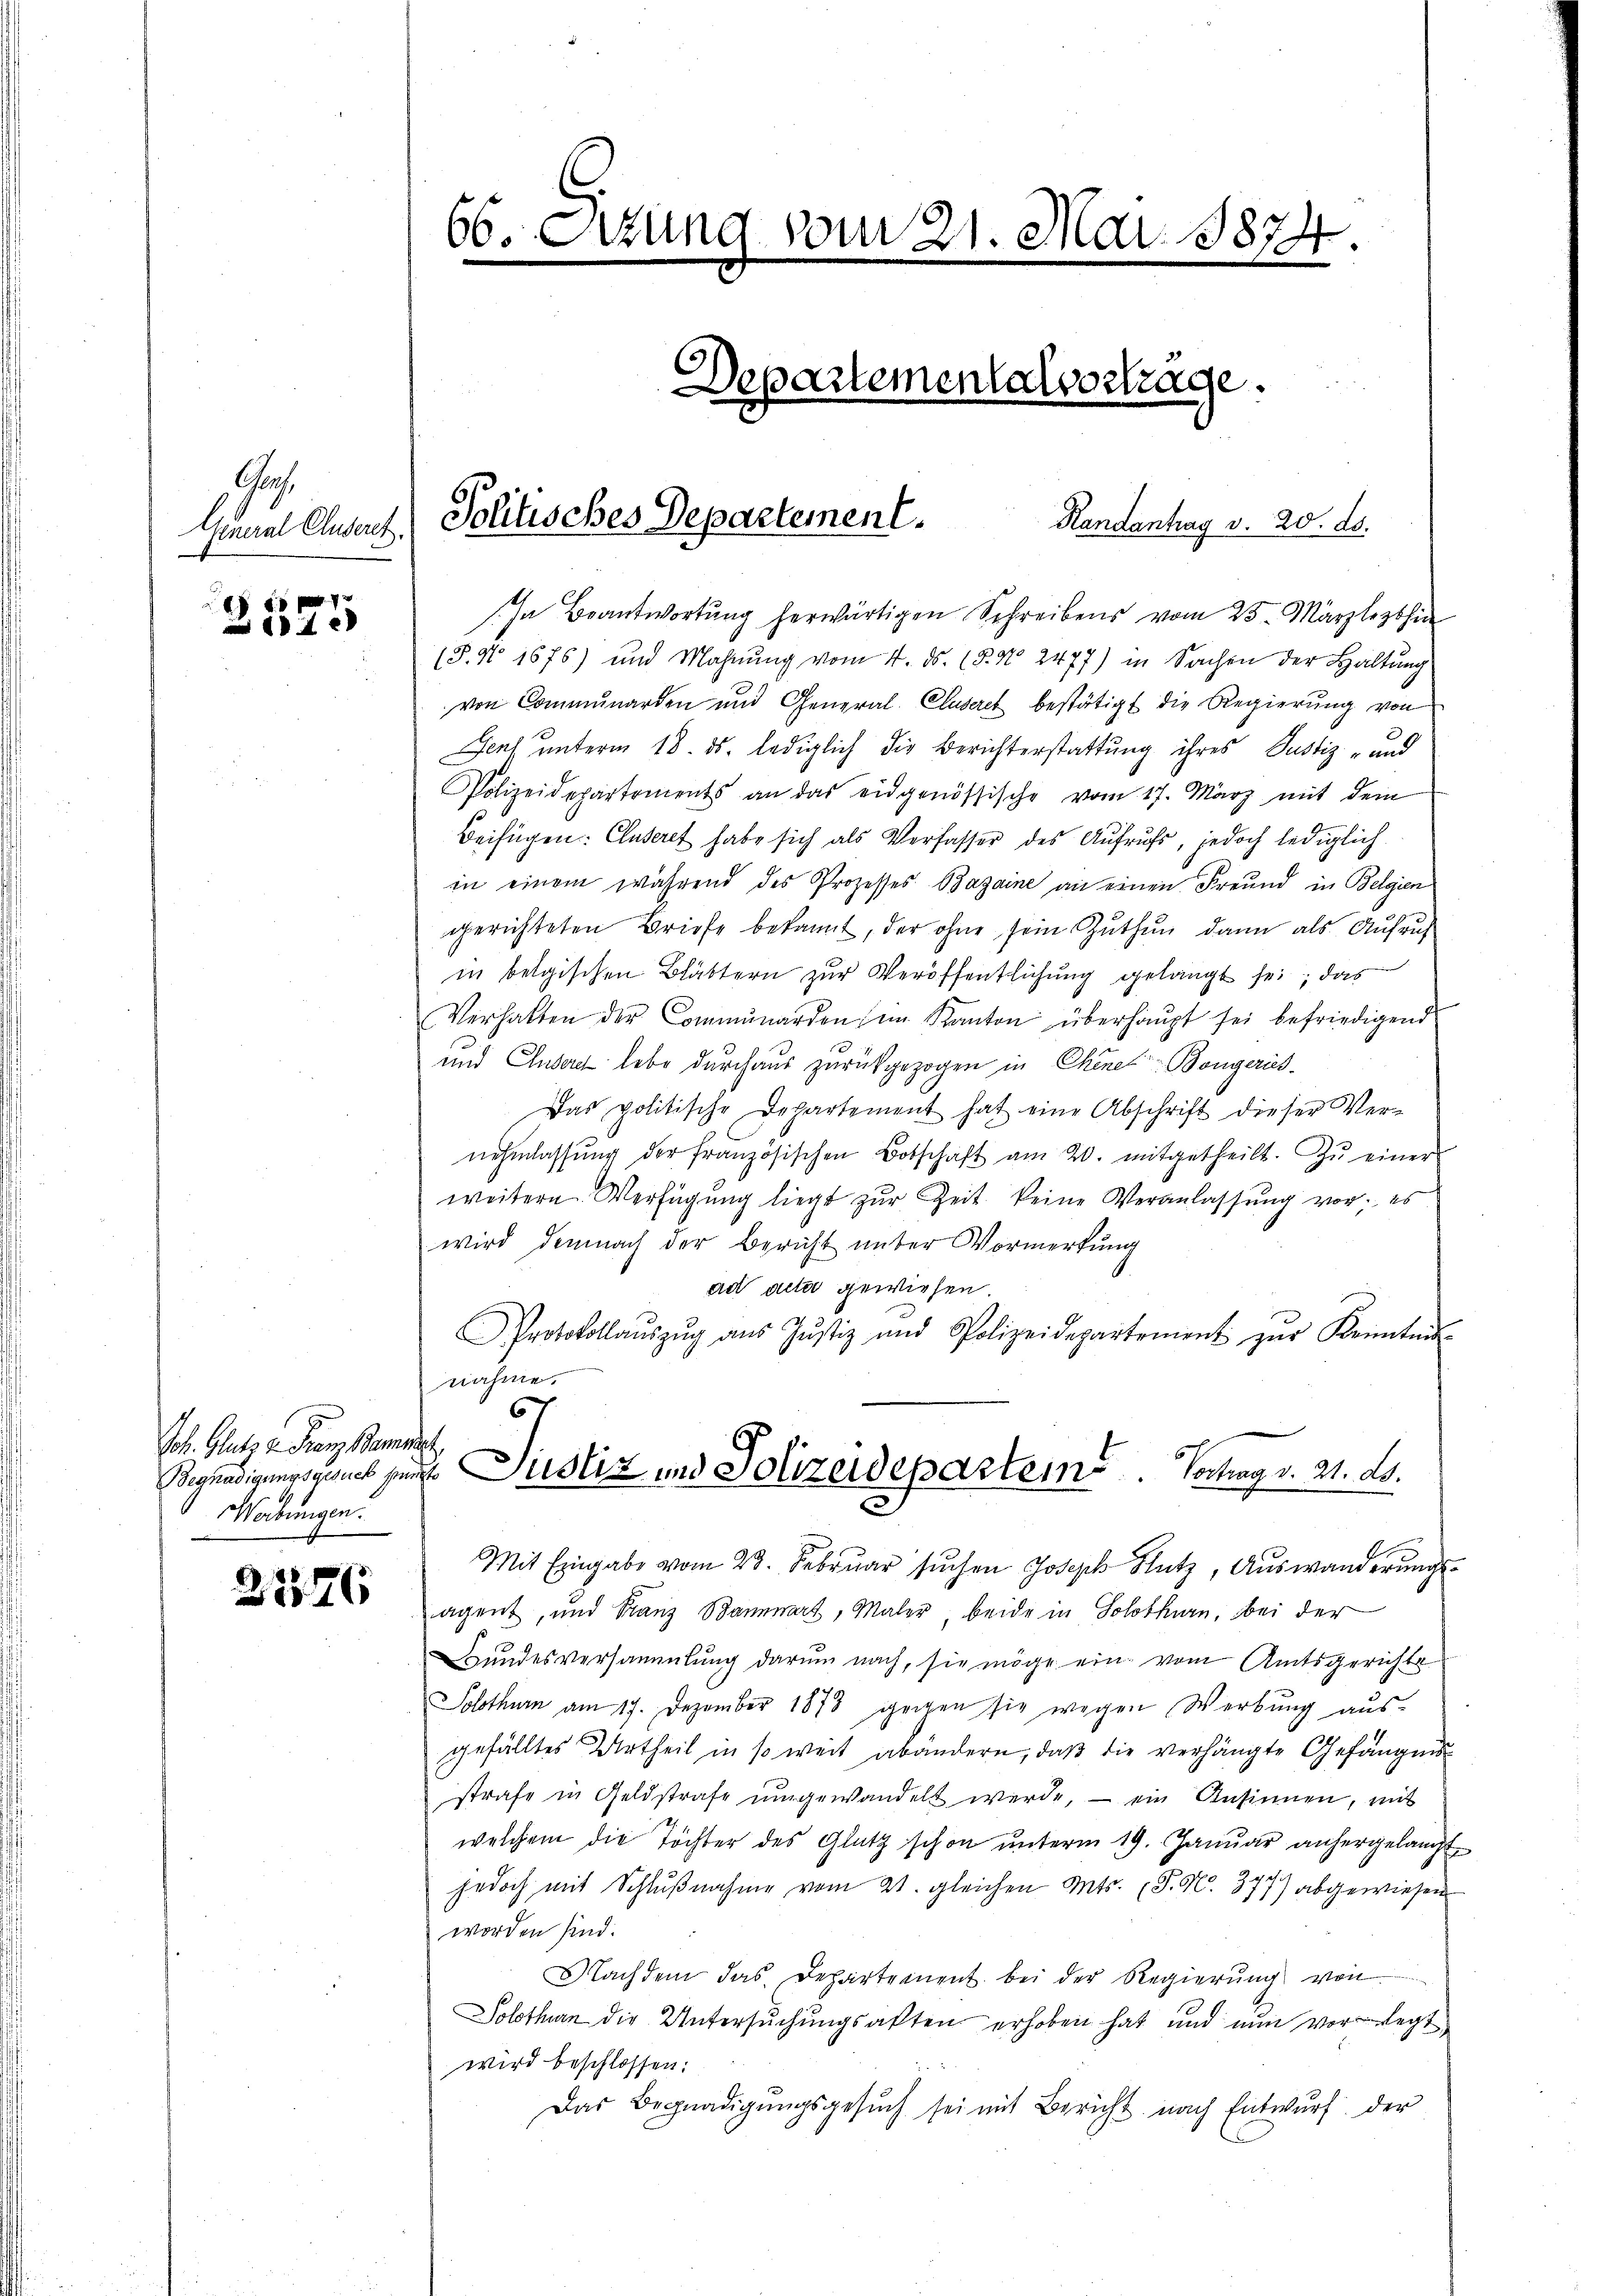
Aus.
General Cluseret.

1 xx
 184

Joh. Glets v. Franz Bambacht
Werbungen.

21176

66. Setzung vom 21. Mai 1874
.

In Beantwortung herwärtigen Schreibens vom 23. Märzlezthin
(§. No 1675) und Mahnung vom 4. ds. (§. No 2477) in Sachen der Haltung
von Communarden und General-Cluseret bestätigt die Regierŭng von
Jens unterm 18. ds. lediglich die Berichterstattung ihres Justiz- und
Polizeidepartements an das eidgenössische vom 17. März mit dem
Beifügen: Cluseret habe sich als Verfasser des Aufrufs, jedoch lediglich
in einem während des Prozesses Bazaine an einen Freund in Belgien
ggerichteten Briefe bekannt, der ohne sein Zuthun dann als Aufruf
in belgischen Blättern zur Veröffentlichung gelangt sei, das
Verhalten der Communarden im Kanton überhaŭpt sei befriedigend
und Endere lebe durchaus zurückgezogen in Chene Bongerich.
Das politische Departement hat eine Abschrift dieser Ver-
nehmlassŭng der französischen Botschaft am 20. mitgetheilt. Zŭ einer
weitern Verfügŭng liegt zŭr Zeit keine Veranlassŭng vor; es
wird demnach der Bericht unter Vormerkung
ad acta gewiesen.
Protokollaŭszŭg aŭs Jŭstiz und Polizeidepartement zŭr Kenntnis
nahme.
6
Begnadigers genes seit Justiz und Polizeideparteins. Vortrag v. 21. ds.
Mit Eingabe vom 23. Februar suchen Joseph Flutz, Auswanderungs-
agent, und Franz Bannwart, Maler, beide in Solothurn, bei der
Bundesversammlung darum nach, sie möge ein vom Amtsgerichts
Solothurn am 17. Dezember 1878 gegen sie wegen Werbung aus-
gefälltes Urtheil in so weit abändern, daß die verhängte Gefängnis
strafe in Geldstrafe umgewandelt werde, – ein Ansinnen, mit
welchem die Töchter des Glatz schon ŭnterm 19. Janŭar anhergelangt
jedoch mit Schlŭβnahme vom 21. gleichen Mts. (T. N. 377) abgewiesen
worden sind.
Nachdem das Departement bei der Regierŭng von
Solothurn die Untersŭchŭngsakten erhoben hat und nun vorlegt
wird beschlossen:
u
Das Begnadigungsgesŭch sei mit Bericht nach Entwurf der

Politisches Departement.

Departementalverträge.

Randantrag v. 20. ds.